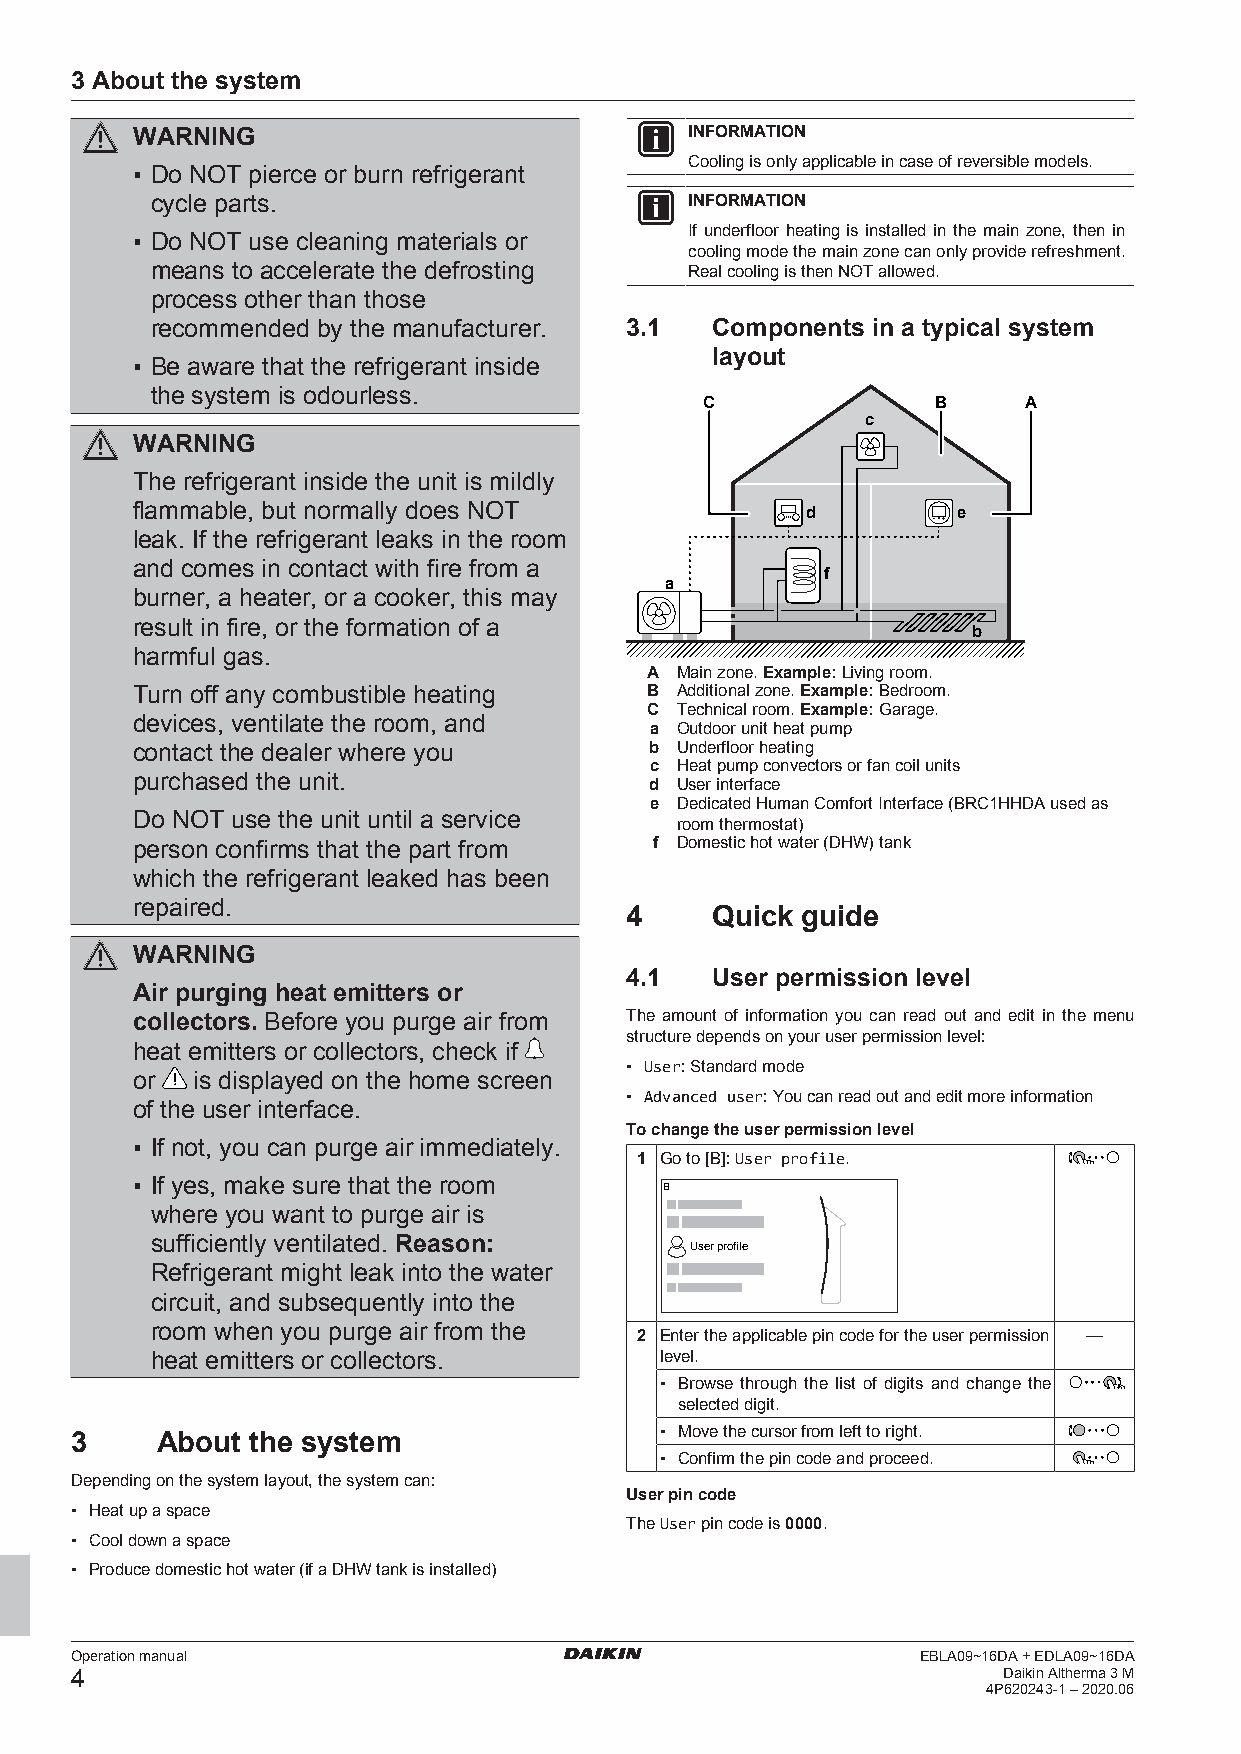
3 About the system
 WARNING                              INFORMATION
 Cooling is only applicable in case of reversible models.
 ▪ Do NOT pierce or burn refrigerant
 cycle parts.                        INFORMATION
 If underfloor heating is installed in the main zone, then in
 ▪ Do NOT use cleaning materials or
 cooling mode the main zone can only provide refreshment.
 means to accelerate the defrosting  Real cooling is then NOT allowed.
 process other than those
 recommended by the manufacturer. 3.1 Components in a typical system
 layout
 ▪ Be aware that the refrigerant inside
 the system is odourless.
 C              B     A
 c
 WARNING
 The refrigerant inside the unit is mildly
 flammable, but normally does NOT
 d         e
 leak. If the refrigerant leaks in the room
 and comes in contact with fire from a
 f
 a
 burner, a heater, or a cooker, this may
 result in fire, or the formation of a
 b
 harmful gas.
 A Main zone. Example: Living room.
 Turn off any combustible heating  B Additional zone. Example: Bedroom.
 C Technical room. Example: Garage.
 devices, ventilate the room, and
 a Outdoor unit heat pump
 contact the dealer where you      b Underfloor heating
 c Heat pump convectors or fan coil units
 purchased the unit.
 d User interface
 e Dedicated Human Comfort Interface (BRC1HHDA used as
 Do NOT use the unit until a service
 room thermostat)
 person confirms that the part from f Domestic hot water (DHW) tank
 which the refrigerant leaked has been
 repaired.
 4     Quick guide
 WARNING
 4.1   User permission level
 Air purging heat emitters or
 collectors. Before you purge air from The amount of information you can read out and edit in the menu
 structure depends on your user permission level:
 heat emitters or collectors, check if
 ▪ User: Standard mode
 or  is displayed on the home screen
 ▪ Advanced user: You can read out and edit more information
 of the user interface.
 To change the user permission level
 ▪ If not, you can purge air immediately.
 1 Go to [B]: User profile.
 ▪ If yes, make sure that the room
 B
 where you want to purge air is
 sufficiently ventilated. Reason:
 User profile
 Refrigerant might leak into the water
 circuit, and subsequently into the
 room when you purge air from the
 2 Enter the applicable pin code for the user permission —
 heat emitters or collectors.      level.
 ▪ Browse through the list of digits and change the
 selected digit.
 3    About the system                  ▪ Move the cursor from left to right.
 ▪ Confirm the pin code and proceed.
 Depending on the system layout, the system can:
 User pin code
 ▪ Heat up a space
 The User pin code is 0000.
 ▪ Cool down a space
 ▪ Produce domestic hot water (if a DHW tank is installed)
 Operation manual                                        EBLA09~16DA + EDLA09~16DA
 4                                                            Daikin Altherma 3 M
 4P620243-1 – 2020.06